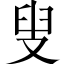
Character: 叟